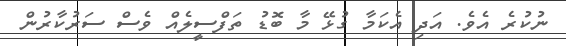
ނުކުރެ އެވެ. އަދި އެކަމާ ގުޅޭ މާ ބޮޑު ތަފްސީލެއް ވެސް ސަރުކާރުން